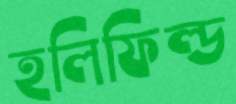
হলিফিল্ড